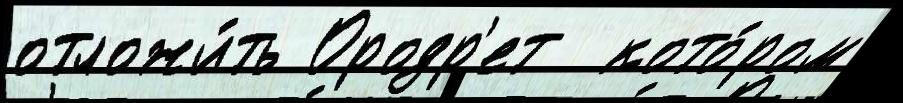
отложи́ть Ородр'ет  кото́ром